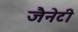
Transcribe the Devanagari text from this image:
जैनेटी